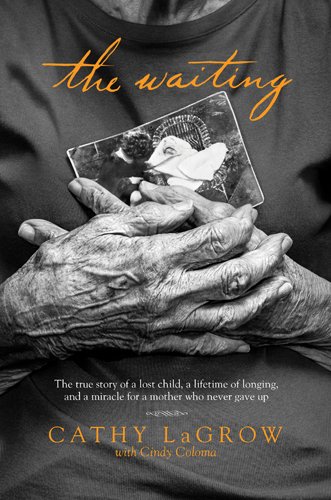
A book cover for The Waiting: The True Story of a Lost Child, a Lifetime of Longing, and a Miracle for a Mother Who Never Gave Up; Cathy LaGrow; Christian Books & Bibles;